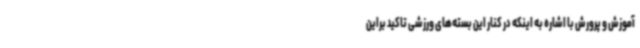
آموزش و پرورش با اشاره به اینکه در کنار این بسته‌های ورزشی تاکید براین